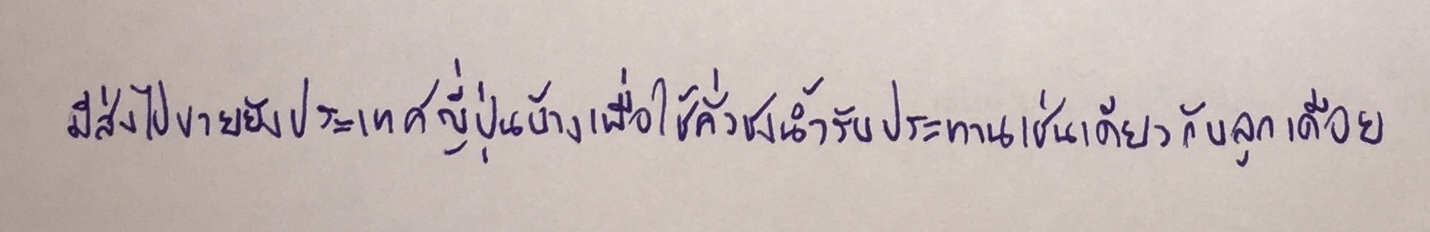
มีส่งไปขายยังประเทศญี่ปุ่นบ้างเพื่อใช้คั่วชงน้ำรับประทานเช่นเดียวกับลูกเดือย